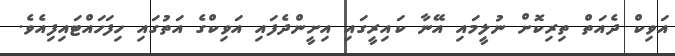
އަވިކް ދެއަތް ތިރިކޮށް ނުލީމައި އޭނާ ކައިރީގައި އިށީންދެފައި އަވިކްގެ އަތުގައި ހިފަހައްޓައިފިއެވެ.